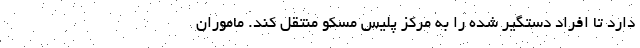
دارد تا افراد دستگیر شده را به مرکز پلیس مسکو منتقل کند. ماموران